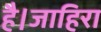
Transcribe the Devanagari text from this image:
है।जाहिरा